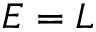
E = L